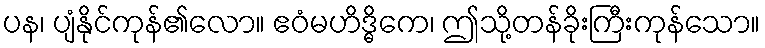
ပန၊ ပျံနိုင်ကုန်၏လော။ ဧဝံမဟိဒ္ဓိကေ၊ ဤသို့တန်ခိုးကြီးကုန်သော။